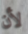
لأن